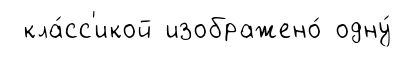
кла́сс'икой изображено́ одну́